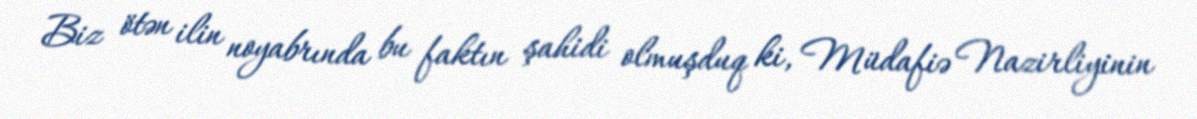
Biz ötən ilin noyabrında bu faktın şahidi olmuşduq ki, Müdafiə Nazirliyinin